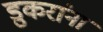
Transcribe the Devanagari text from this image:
डुकरांना